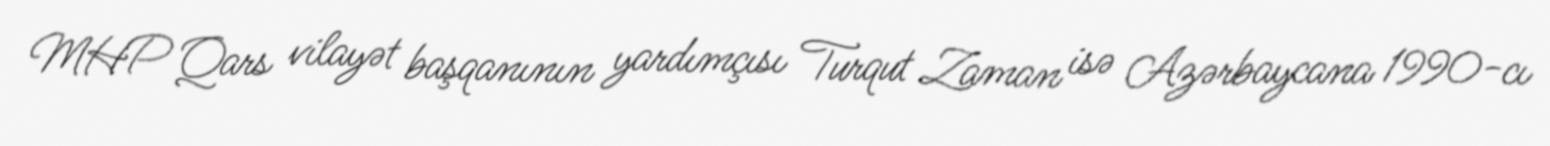
MHP Qars vilayət başqanının yardımçısı Turqut Zaman isə Azərbaycana 1990-cı